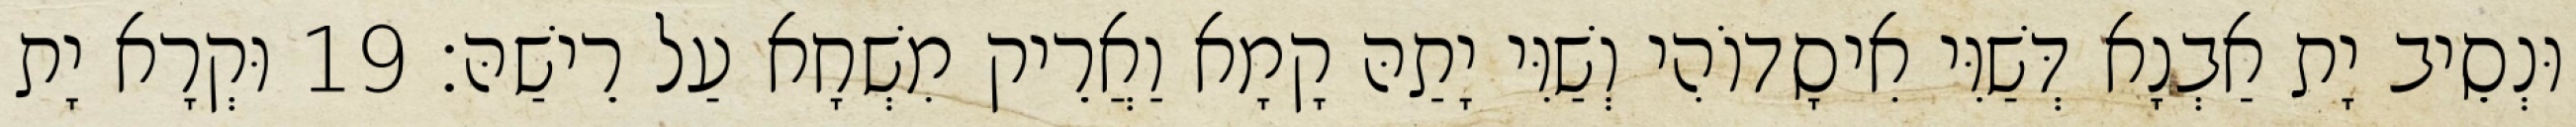
וּנְסֵיב יָת אַבְנָא דְּשַׁוִּי אִיסָדוֹהִי וְשַׁוִּי יָתַהּ קָמָא וַאֲרֵיק מִשְׁחָא עַל רֵישַׁהּ׃ 19 וּקְרָא יָת